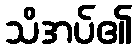
သိအပ်၏